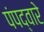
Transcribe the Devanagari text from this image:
पंपद्वारे